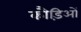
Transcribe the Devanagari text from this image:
कौड़िओं